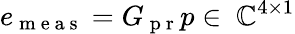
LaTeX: e_{\mathrm{~m~e~a~s~}}=G_{\mathrm{~p~r~}}p\in\ \mathbb{C}^{4\times 1}